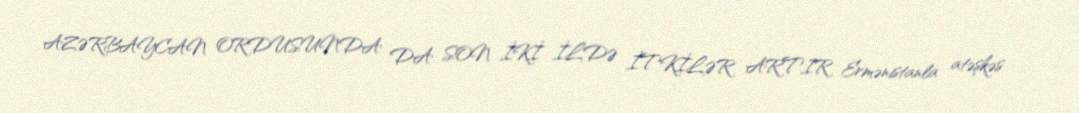
AZƏRBAYCAN ORDUSUNDA DA SON İKİ İLDƏ İTKİLƏR ARTIR Ermənistanla atəşkəs